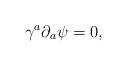
LaTeX: \begin{align*}\gamma ^a\partial _a\psi =0, \end{align*}